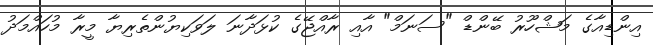
އިންޑިއާގެ މަޝްހޫރު ބޭންޑް "ސަނަމް" އާއި ރާއްޖޭގެ ކުޅަދާނަ ލަވަކިޔުންތެރިޔާ މީރާ މުހައްމަދު